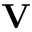
{ \bf V }